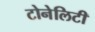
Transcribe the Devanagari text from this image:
टोनेलिटी